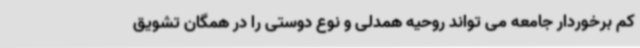
کم برخوردار جامعه می تواند روحیه همدلی و نوع دوستی را در همگان تشویق